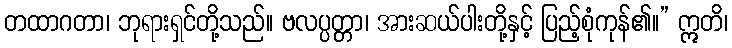
တထာဂတာ၊ ဘုရားရှင်တို့သည်။ ဗလပ္ပတ္တာ၊ အားဆယ်ပါးတို့နှင့် ပြည့်စုံကုန်၏။” ဣတိ၊